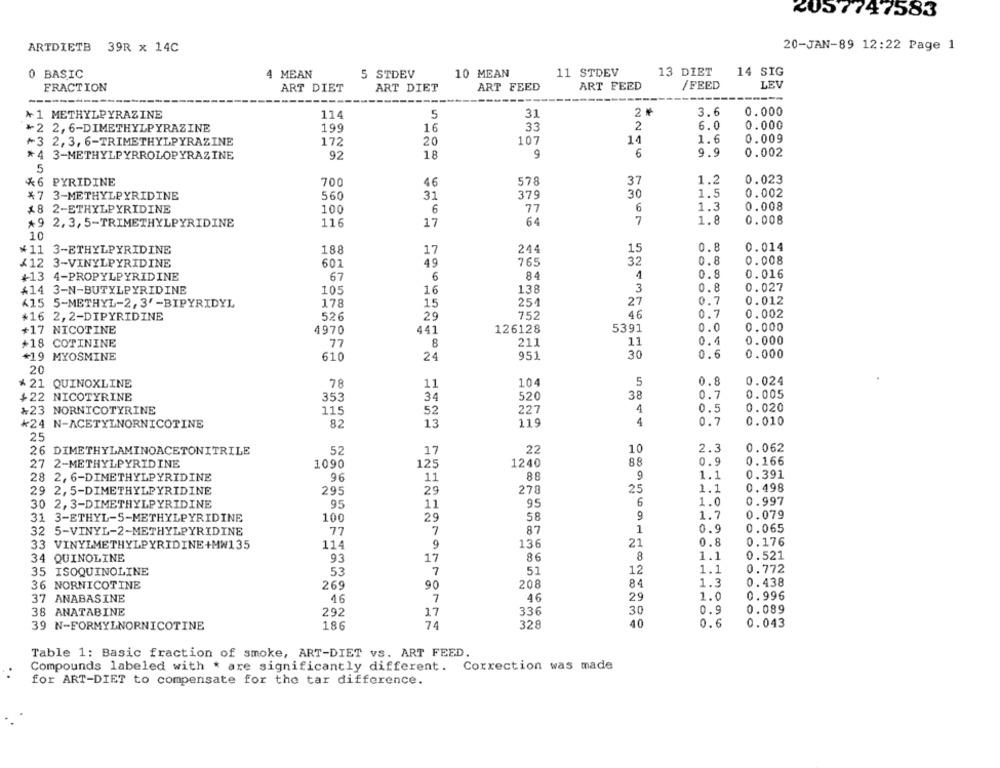
2057747583
20-JAN-89 12:22 Page 1
ARTDIETB 39R x 14C
0 BASIC
4 MEAN
5 STDEV
10 MEAN
11 STDEV
13 DIET
14 SIG
/FEED
LEV
FRACTION
ART DIET
ART DIET
ART FEED
ART FEED
--
-------
------------
*1 METHYLPYRAZINE
114
5
31
3.6
0.000
*2 2,6-DIMETHYLPYRAZINE
199
16
33
2
6.0
0.000
14
1.6
0.009
₦3 2, 3, 6-TRIMETHYLPYRAZINE
172
20
107
9
6
9.9
0.002
*4 3-METHYLPYRROLOPYRAZINE
92
18
5
$6 PYRIDINE
700
46
578
37
1.2
0.023
30
0.002
$7 3-METHYLPYRIDINE
560
31
379
1.5
77
6
1.3
0.008
£8 2-ETHYLPYRIDINE
100
6
*9 2, 3, 5-TRIMETHYLPYRIDINE
116
17
64
7
1.8
0.008
10
15
0.014
¥11 3-ETHYLPYRIDINE
188
17
244
0.8
765
32
0.8
0.008
/12 3-VINYLPYRIDINE
601
49
+13 4-PROPYLPYRIDINE
67
6
84
0.8
0.016
+14 3-N-BUTYLPYRIDINE
105
16
138
3
0.8
0.027
0.7
<15 5-METHYL-2, 3'-BIPYRIDYL
178
15
254
27
0.012
29
752
46
0.7
0.002
*16 2,2-DIPYRIDINE
526
+17 NICOTINE
4970
441
126128
5391
0
.0
0.000
+18 COTININE
77
8
211
11
0
. 1
0.000
0.000
*19 MYOSMINE
610
24
951
30
0.6
20
* 21 QUINOXLINE
78
11
104
5
0.8
0.024
+22 NICOTYRINE
353
34
520
38
0.7
0.005
0.5
0.020
+23 NORNICOTYRINE
115
52
227
13
119
4
0.7
0.010
*24 N-ACETYLNORNICOTINE
82
25
26 DIMETHYLAMINOACETONITRILE
52
17
22
10
2.3
0.062
88
0.9
0.166
27 2-METHYLPYRIDINE
1090
125
1240
28 2, 6-DIMETHYLPYRIDINE
88
9
1.1
0.391
96
11
29 2, 5-DIMETHYLPYRIDINE
295
29
278
25
1.1
0.498
30 2, 3-DIMETHYLPYRIDINE
95
11
95
6
1.0
0.997
9
0.079
31 3-ETHYL-5-METHYLPYRIDINE
100
29
58
1.7
77
7
87
1
0.9
0.065
32 5-VINYL-2-METHYLPYRIDINE
33 VINYLMETHYLPYRIDINE+MW135
114
9
136
21
0.8
0.176
34 QUINOLINE
93
17
86
8
1.1
0.521
1.1
0.772
35 ISOQUINOLINE
53
7
51
12
84
1.3
0. 438
36 NORNICOTINE
269
90
208
37 ANABASINE
46
7
46
29
1.0
0.996
38 ANATABINE
292
17
336
30
0.9
0.089
24
39 N-FORMYLNORNICOTINE
186
328
40
0.6
0.043
Table 1: Basic fraction of smoke, ART-DIET vs. ART FEED.
Compounds labeled with * are significantly different.
Correction was made
for ART-DIET to compensate for the tar difference.